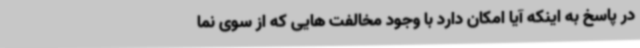
در پاسخ به اینکه آیا امکان دارد با وجود مخالفت هایی که از سوی نما